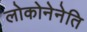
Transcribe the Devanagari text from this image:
लोकोनेनेति